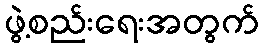
ဖွဲ့စည်းရေးအတွက်